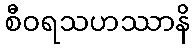
စီဝရသဟဿာနိ